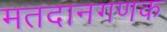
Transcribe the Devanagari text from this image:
मतदानगणक